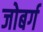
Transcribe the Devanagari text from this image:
जोबर्ग